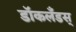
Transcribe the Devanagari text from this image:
डॉकलँडस्